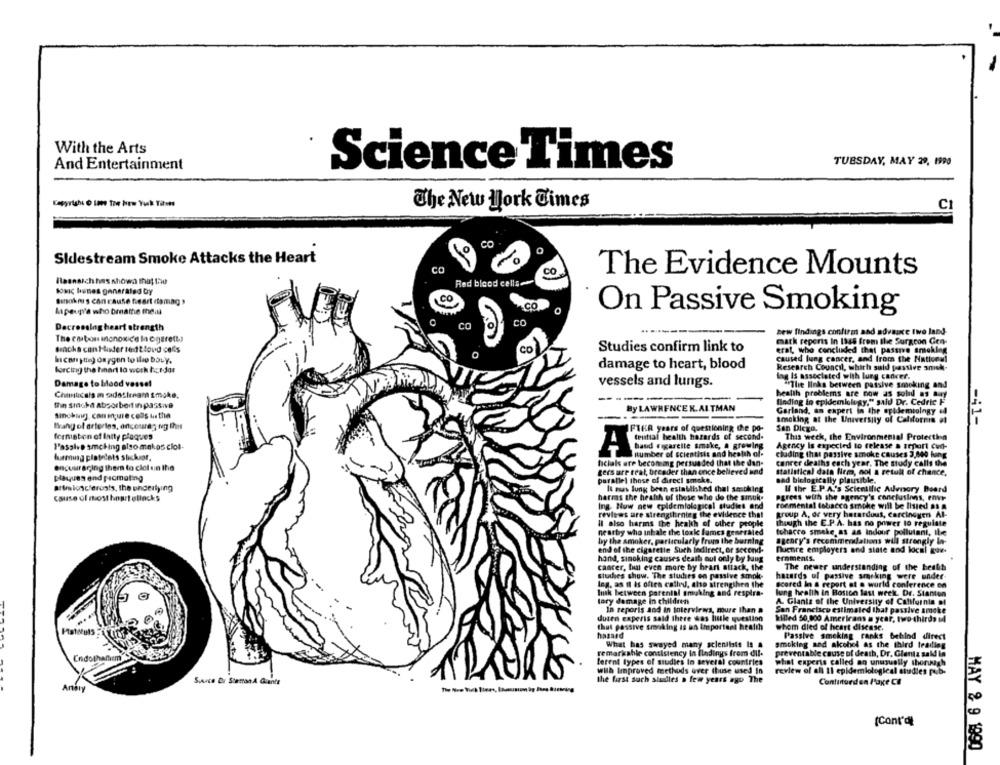
With the Arts
And Entertainment
Science Times
TUESDAY, MAY 29, 1990
The New york Times
C
ico
Sidestream Smoke Attacks the Heart
co
CO
The Evidence Mounts
Rasnatch has shown that the
Red blood cells
toxic lines generated by
Binoknis can cause heart damag
Ma poun'a who breathe thei
On Passive Smoking
Dacrossing heart strength
CC
zew findings confirm and advance two land-
The ca bon inonon ce la ogeretts
mark reports In lass from the Surgcon Gen-
Bracha can Moder tedttovd cefs
CO
Studies confirm link to
erat, who concluded that passive smoking
hican ytte) oxygen to llso boLy.
caused lung cancer, and from the National
damage to heart, blood
Research Council, which suld passive smek-
forcing the heart la work her dar
lag Is associated with lung cancer.
Damage to blood vessel
vessels and lungs.
"The links between passive smoking and
Chumticals m sadostream smoke.
health problems are now as solid as may
the sicha Absorbert in passive
finding in epidemiology," said Dr. Cedric F
By LAWRENCEK. ALTMAN
Garland, an expert in the epidemiology al
sinching, canon;ure colis us the
smoking at the University of California at
tang of arteries, encouraging this
FIKA years of questioning che po-
San Diego.
-41-
formation of laity plaques
This week, the Environmental Protection
Getal health hazards of second.
Passive smoking also makes clol-
band rigareite smake, @ growing
Agency Is expected to release a trport cud-
turenusg platelets slickmor.
number of scientisis and health of-
cluding that passive smoke causes 3,840 king
encouraging them to clol un the
hclals are becoming persuaded that the dan-
cancer deaths each year. The study calls the
gersure tral, breader than once believed und
statistical data firm, not a retull of chance,
plaques end pacmaling
parallel those of direci smoke.
sad biologically plausible.
afimknsclerosis, the underlying
Il esas lung been established thal sascking
Il the E.P.A.'s Scientific Advisory Board
Cause of most hourtellacks
harms the heath of those who do the smuk.
agrees with the agency's conclusions, envr
Ing. Nuw new epidemiological studies and
ronmental tobacco smohe will be listed as a
reviews are strengthening the evidence that
group A, or very berardous, Carcinogen Al-
il also harms the health of other people
though the E.P.A. has no power to regulate
nearby who inhale the toale fumes generated
tobacco smake, as as Indoor pollutant, the
by the smoker, particularly from the burning
agency's recommendations will strongly In-
end of the cigaretle Such ledirect, or second-
nuenre employers and state and local kov.
hand, sinoking causes death oul only by tang
ernments.
cancer, but even more boy heart attack, the
The newer understanding of the heath
Slushies show. The sluches en passive smok-
hazards of passive smoking were under-
Ing. as il is often called, also strengthen the
scored In & report at a world conference on
lik between parental smuking and respira-
lung health in Boston last week. Dr. Stanton
lory damage in children
A. Glantz of the University of California of
In reporis and in interviews, mure than a
San Francisco estimated that passive smoke
dusen experis said there was little question
Milled 50,000 Americans a year, two-thirds sl
that passive smoking is an Important health
whom died of heart disease.
hazard
Passive smoking ranks behind direct
smoking aad akohol as the third trading
What has swayed many scientists Is a
Endothantem
remarkable consistency in findings from dil-
preventable cause of death, Dr. Glantz sald in
lerent types of studies In several countries
what experis called an unusually thorugh
with Improved methods over thuse used In
review of all 11 epidemiological studies pub-
Sauce Bor Staman & Quante
the first such sindles a few years ago The
Continued en Page CE
Anety
(Cont'd)
MAY & 9 1990